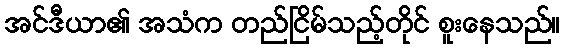
အင်ဒီယာ၏ အသံက တည်ငြိမ်သည့်တိုင် စူးနေသည်။